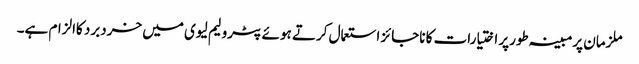
ملزمان پرمبینہ طورپر اختیارات کا ناجائز استعمال کرتے ہوئے پٹرولیم لیوی میں خردبرد کاالزام ہے۔